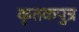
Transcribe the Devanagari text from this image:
कृतकपुत्र